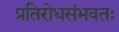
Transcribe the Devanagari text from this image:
प्रतिरोधसंभवतः